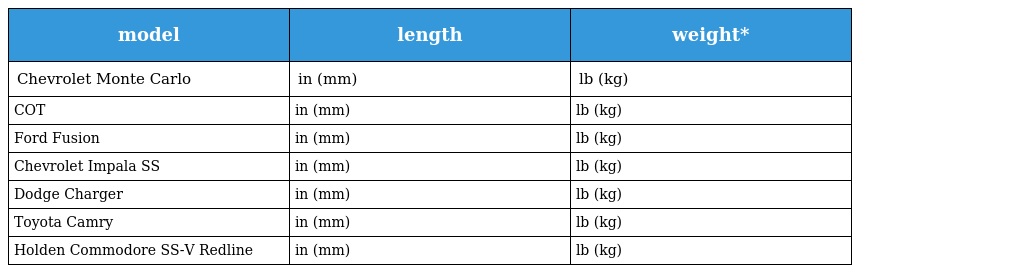
| model | length | weight* |
 | --- | --- | --- |
 | Chevrolet Monte Carlo | in (mm) | lb (kg) |
 | COT | in (mm) | lb (kg) |
 | Ford Fusion | in (mm) | lb (kg) |
 | Chevrolet Impala SS | in (mm) | lb (kg) |
 | Dodge Charger | in (mm) | lb (kg) |
 | Toyota Camry | in (mm) | lb (kg) |
 | Holden Commodore SS-V Redline | in (mm) | lb (kg) |